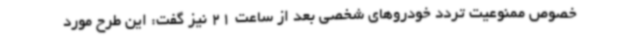
خصوص ممنوعیت تردد خودروهای شخصی بعد از ساعت 21 نیز گفت: این طرح مورد